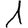
Digit: 1